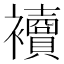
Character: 𧟅